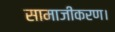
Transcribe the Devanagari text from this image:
सामाजीकरण।